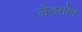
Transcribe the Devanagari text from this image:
लेडमोन